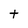
Character: t